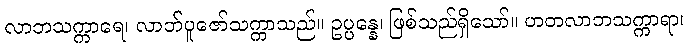
လာဘသက္ကာရေ၊ လာဘ်ပူဇော်သက္ကာသည်။ ဥပ္ပန္နေ၊ ဖြစ်သည်ရှိသော်။ ဟတလာဘသက္ကာရာ၊